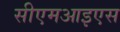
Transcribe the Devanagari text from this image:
सीएमआइएस